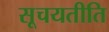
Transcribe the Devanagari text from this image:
सूचयतीति